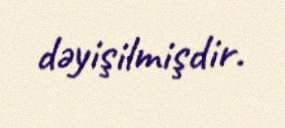
dəyişilmişdir.